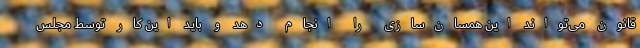
قانون می‌تواند این همسان‌سازی را انجام دهد و باید این کار توسط مجلس